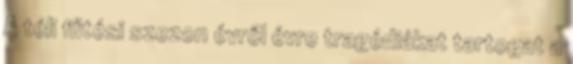
A téli fűtési szezon évről évre tragédiákat tartogat a